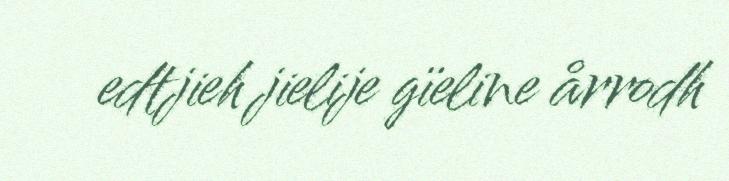
edtjieh jielije gïeline årrodh